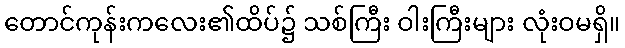
တောင်ကုန်းကလေး၏ထိပ်၌ သစ်ကြီး ဝါးကြီးများ လုံးဝမရှိ။